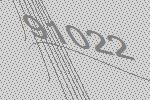
91022